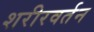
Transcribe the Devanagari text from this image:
शरीरवर्तन